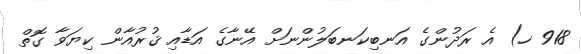
918 ހ) އެ ރަދުންގެ އަނބިކަނބަލުންނަށް އޭނާގެ އަޑާއި ޤުރުއާން ކިޔަވާ ގޮތް